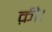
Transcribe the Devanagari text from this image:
क़ी।